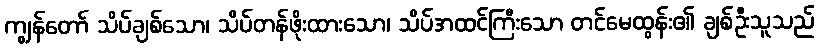
ကျွန်တော် သိပ်ချစ်သော၊ သိပ်တန်ဖိုးထားသော၊ သိပ်အထင်ကြီးသော တင်မေထွန်း၏ ချစ်ဦးသူသည်